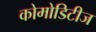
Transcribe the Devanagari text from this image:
कोमोडिटीज